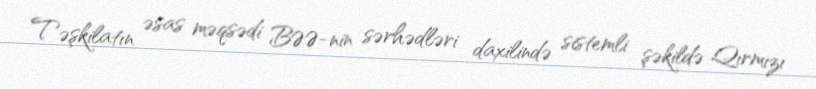
Təşkilatın əsas məqsədi BƏƏ-nin sərhədləri daxilində sistemli şəkildə Qırmızı